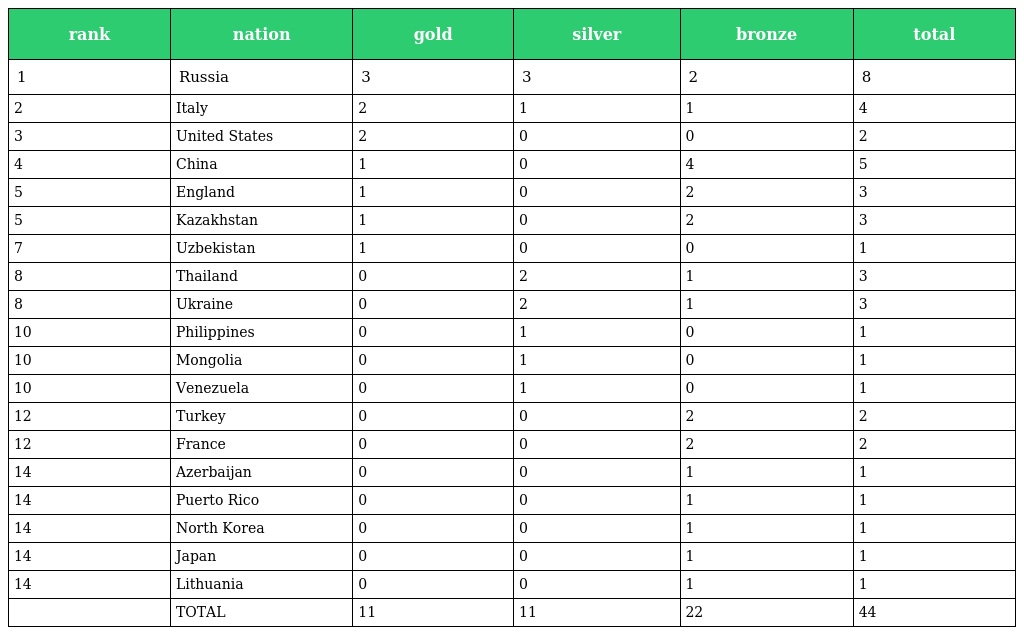
| rank | nation | gold | silver | bronze | total |
 | --- | --- | --- | --- | --- | --- |
 | 1 | Russia | 3 | 3 | 2 | 8 |
 | 2 | Italy | 2 | 1 | 1 | 4 |
 | 3 | United States | 2 | 0 | 0 | 2 |
 | 4 | China | 1 | 0 | 4 | 5 |
 | 5 | England | 1 | 0 | 2 | 3 |
 | 5 | Kazakhstan | 1 | 0 | 2 | 3 |
 | 7 | Uzbekistan | 1 | 0 | 0 | 1 |
 | 8 | Thailand | 0 | 2 | 1 | 3 |
 | 8 | Ukraine | 0 | 2 | 1 | 3 |
 | 10 | Philippines | 0 | 1 | 0 | 1 |
 | 10 | Mongolia | 0 | 1 | 0 | 1 |
 | 10 | Venezuela | 0 | 1 | 0 | 1 |
 | 12 | Turkey | 0 | 0 | 2 | 2 |
 | 12 | France | 0 | 0 | 2 | 2 |
 | 14 | Azerbaijan | 0 | 0 | 1 | 1 |
 | 14 | Puerto Rico | 0 | 0 | 1 | 1 |
 | 14 | North Korea | 0 | 0 | 1 | 1 |
 | 14 | Japan | 0 | 0 | 1 | 1 |
 | 14 | Lithuania | 0 | 0 | 1 | 1 |
 |  | TOTAL | 11 | 11 | 22 | 44 |